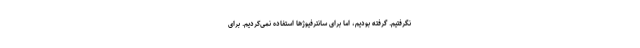
نگرفتیم. گرفته بودیم، اما برای سانترفیوژها استفاده نمی‌کردیم. برای